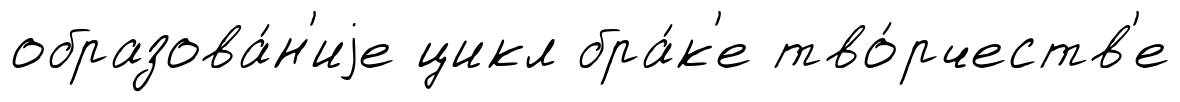
образова́н'иjе цикл бра́к'е тво́рчеств'е